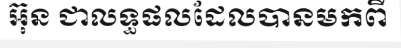
អ៊ុន ជាលទ្ធផលដែលបានមកពី